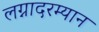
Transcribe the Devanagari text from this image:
लग्नादरम्यान